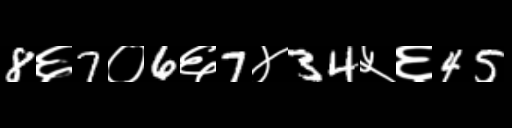
Text: 8६7०6६7४34५६45